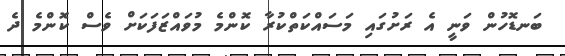
ބަނޑޮހުން ވަނީ އެ ރަށުގައި މަސައްކަތްކުރާ ކޮންމެ މުވައްޒަފަކަށް ވެސް ކޮންމެ ދެ